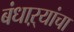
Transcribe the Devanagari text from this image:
बंधाऱ्यांचा